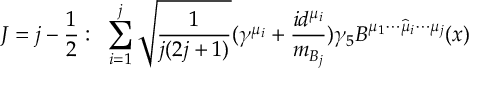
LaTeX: J = j - \frac { 1 } { 2 } : \, \, \, \mathop { \sum } _ { i = 1 } ^ { j } \sqrt { \frac { 1 } { j ( 2 j + 1 ) } } ( \gamma ^ { \mu _ { i } } + \frac { i d ^ { \mu _ { i } } } { m _ { B _ { j } } } ) \gamma _ { 5 } B ^ { \mu _ { 1 } \cdots \widehat { \mu } _ { i } \cdots \mu _ { j } } ( x )